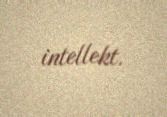
intellekt.